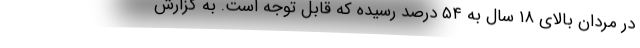
در مردان بالای ۱۸ سال به ۵۴ درصد رسیده که قابل توجه است. به گزارش